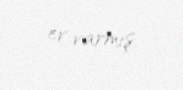
ev varmış.